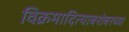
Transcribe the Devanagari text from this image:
विक्रमादित्याबरोबरच्या